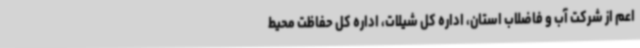
اعم از شرکت آب و فاضلاب استان، اداره کل شیلات، اداره کل حفاظت محیط